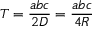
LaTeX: T = { \frac { a b c } { 2 D } } = { \frac { a b c } { 4 R } }